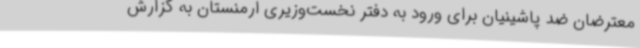
معترضان ضد پاشینیان برای ورود به دفتر نخست‌وزیری ارمنستان به گزارش